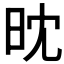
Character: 𣅟